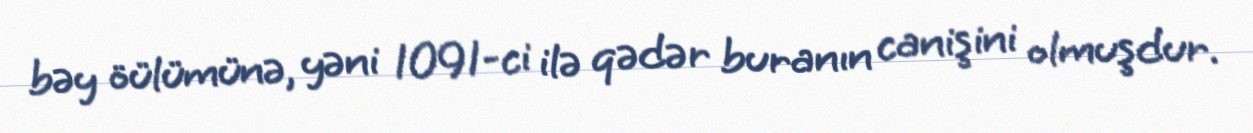
bəy öülümünə, yəni 1091-ci ilə qədər buranın canişini olmuşdur.